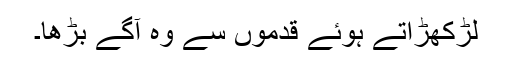
لڑکھڑاتے ہوئے قدموں سے وہ آگے بڑھا۔